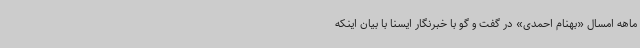
ماهه امسال «بهنام احمدی» در گفت و گو با خبرنگار ایسنا با بیان اینکه